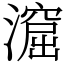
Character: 㵠